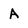
Character: A